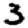
Digit: 3